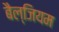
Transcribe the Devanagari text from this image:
बैल्जियम